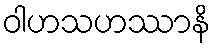
ဝါဟသဟဿာနိ